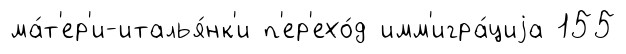
ма́т'ер'и-италья́нк'и п'ер'ехо́д имм'игра́циjа 155